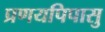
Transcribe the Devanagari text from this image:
प्रणयपिपासु